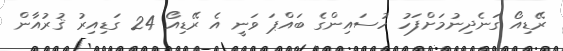
ރޭޑިއޯ ގަނެދިނުމަށްފަހު ހުސައިންގެ ބައްޕަ ވަނީ އެ ރޭޑިއޯ 24 ގަޑިއިރު ޤުރުއާން